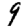
Digit: 9